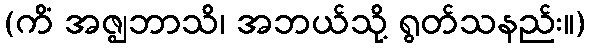
(ကိံ အဇ္ဈဘာသိ၊ အဘယ်သို့ ရွတ်သနည်း။)